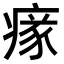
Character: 𤸉